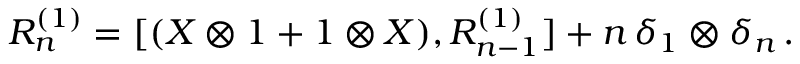
R _ { n } ^ { ( 1 ) } = [ ( X \otimes 1 + 1 \otimes X ) , R _ { n - 1 } ^ { ( 1 ) } ] + n \, \delta _ { 1 } \otimes \delta _ { n } \, .